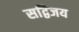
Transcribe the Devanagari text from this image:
सद्विजय